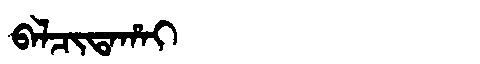
Manchu: ᠪᠠᠯᠴᡳᡨᠠᡥᠠᡳ
Romanization: BALCITAHAI